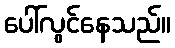
ပေါ်လွင်နေသည်။